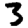
Digit: 3